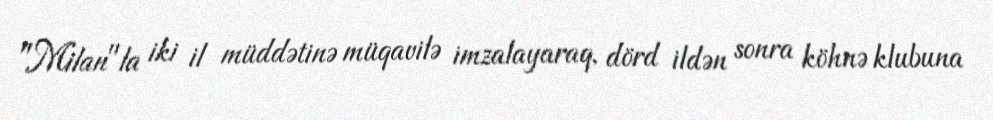
"Milan"la iki il müddətinə müqavilə imzalayaraq, dörd ildən sonra köhnə klubuna